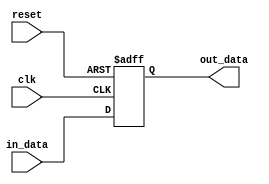
module level_shifter (
    input wire clk,
    input wire reset,
    input wire [7:0] in_data,
    output reg [7:0] out_data
);

always @(posedge clk or posedge reset)
begin
    if (reset)
        out_data <= 0;
    else
        out_data <= in_data;
end

endmodule